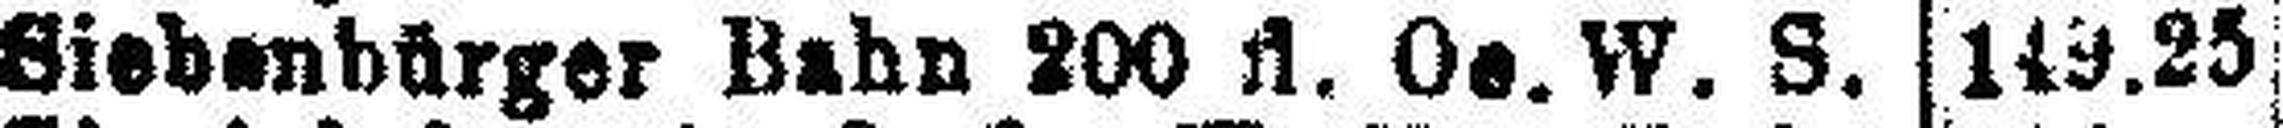
Siebenbürger Bahn 200 fl. Oe. W. S.